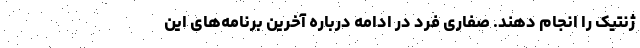
ژنتیک را انجام دهند. صفاری فرد در ادامه درباره آخرین برنامه‌های این